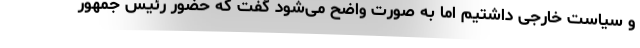
و سیاست خارجی داشتیم اما به صورت واضح می‌شود گفت که حضور رئیس جمهور